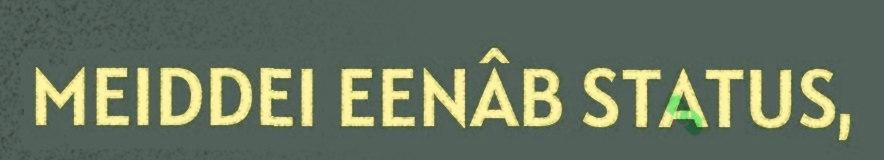
MEIDDEI EENÂB STATUS,